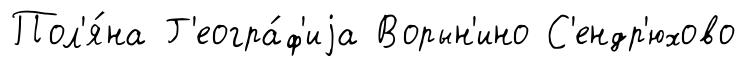
Пол'я́на Г'еогра́ф'иjа Ворын'ино С'ендр'юхово